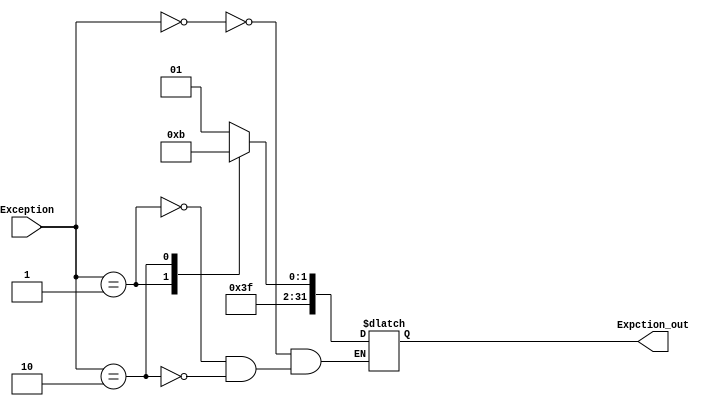
module mux_CTRL_Exception (
    input wire [1:0] Exception ,
    output reg [31:0] Expction_out 
);
always @(*) begin
    case(Exception)
        2'b00:
            Expction_out <= 32'd253;  
        2'b01:
            Expction_out <= 32'd254;
        2'b10:
            Expction_out <= 32'd255;    
    endcase
end
endmodule